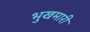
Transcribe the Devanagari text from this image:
भुखमारी